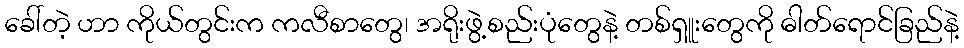
ခေါ်တဲ့ ဟာ ကိုယ်တွင်းက ကလီစာတွေ၊ အရိုးဖွဲ့စည်းပုံတွေနဲ့ တစ်ရှူးတွေကို ဓါတ်ရောင်ခြည်နဲ့